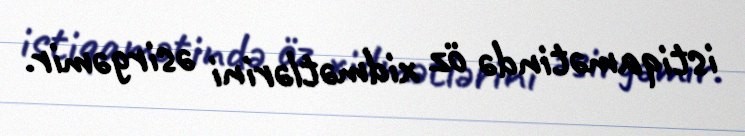
istiqamətində öz xidmətlərini əsirgəmir.